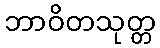
ဘာဝိတသုတ္တ